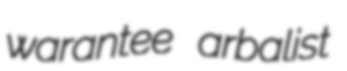
warantee arbalist